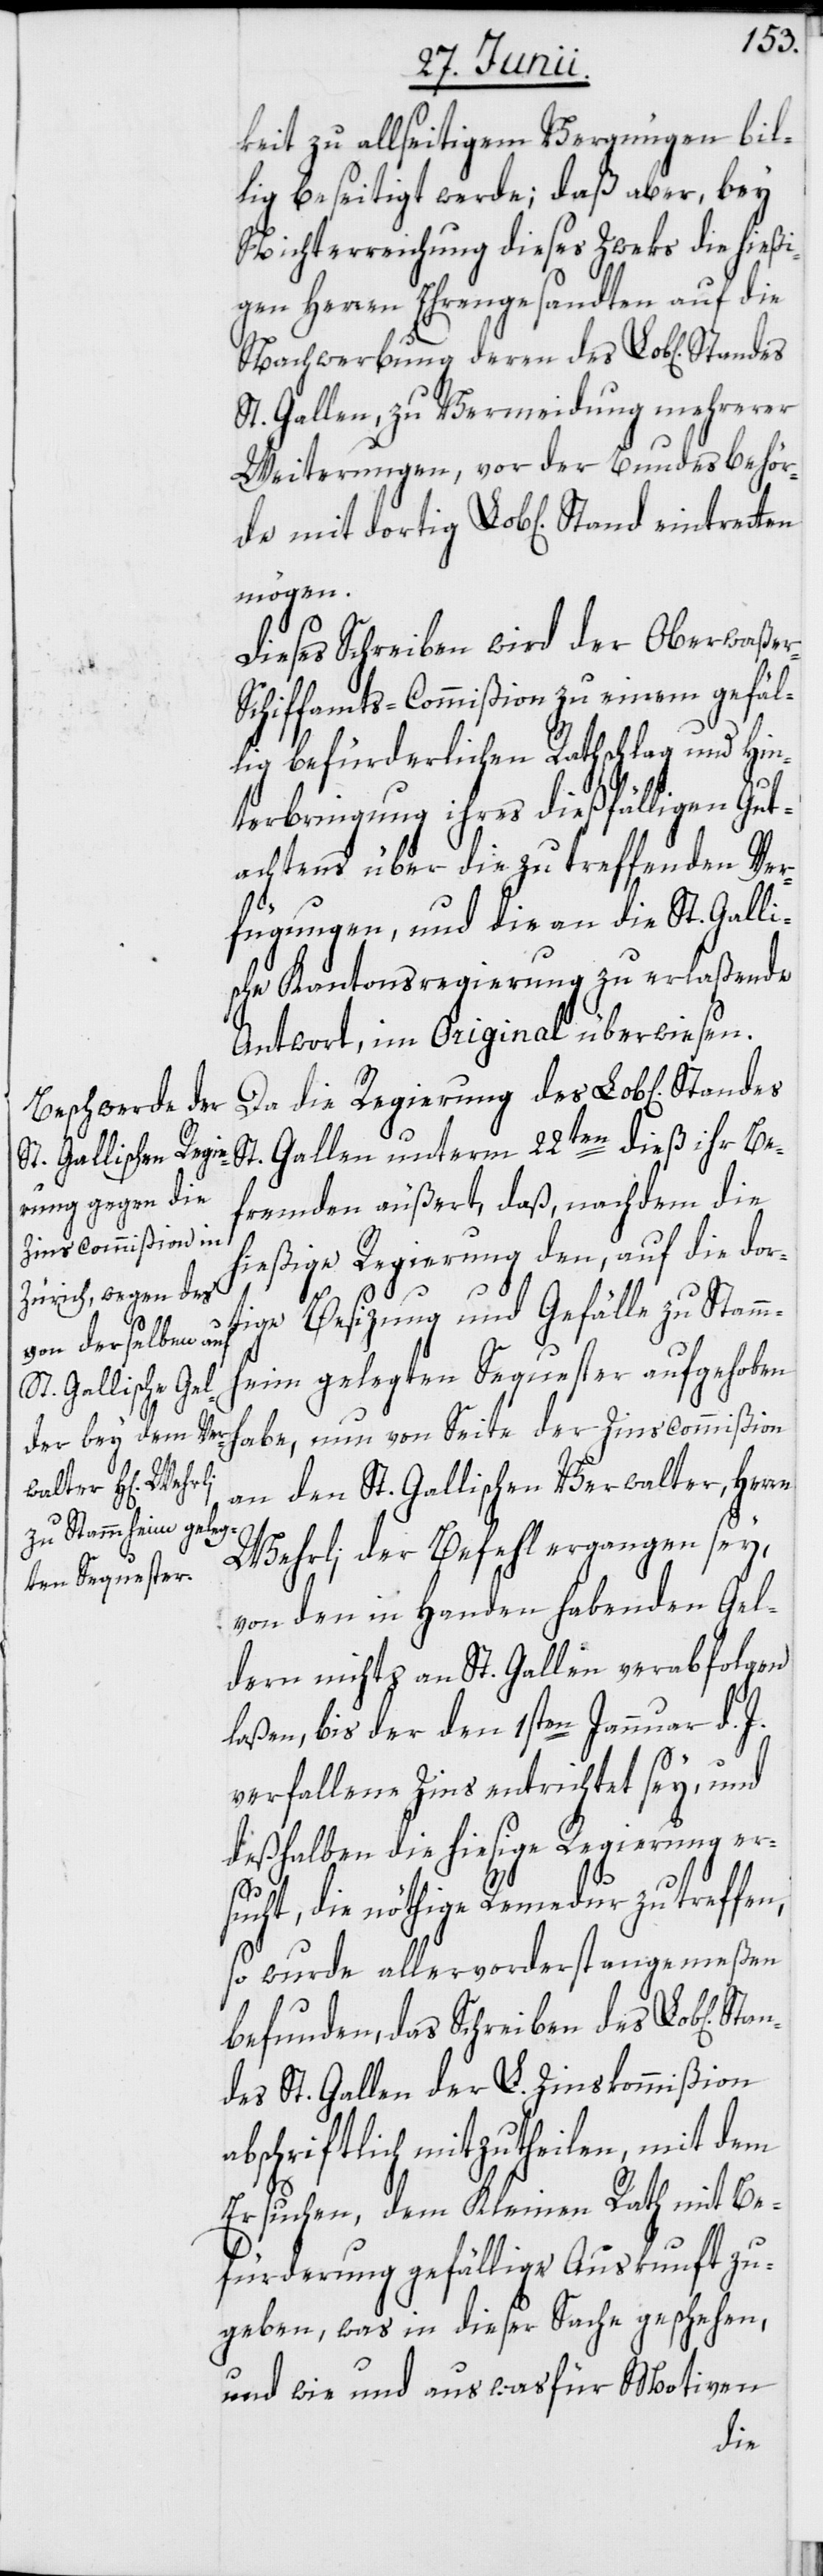
keit zu allseitigem Vergnügen bil¬
lig beseitigt werde; daß aber, bey
Nichterreichung dieses Zweks die hießi¬
gen Herren Ehrengesandten auf die
Nachwerbung deren des Lob[lichen]
St. Gallen, zu Vermeidung mehrerer
Weiterungen, vor der Bundesbehör¬
Dieses Schreiben wird der Oberwaße¬
chiffamts-Commißion zu einem gefäl¬
lig befürderlichen Rathschlag und Hin¬
terbringung ihres dießfälligen Gut¬
achtens über die zu treffenden Ver¬
n]
fügungen, und die an die St. Galli¬
sche Kantonsregierung zu erlaßende
Antwort, im Original überwiesen.
Da die Regierung des Lob[lichen]
St. Gallen unterm 22ten dieß ihr Be¬
fremden äußert, daß, nachdem die
hießige Regierung den, auf die dort¬
ige Besizung und Gefälle zu Stamm¬
heim gelegten Sequester aufgehoben
habe, nun von Seite der Zinscommißion
Sta¬
an den St. Gallischen Verwalter, Herrn
Wehrli der Befehl ergangen sey,
von den in Handen habenden Gel¬
dern nichts an St. Gallen verabfolgen
laßen, bis der den 1sten Januar d. J.
verfallene Zins entrichtet sey, und
deßhalben die hiesige Regierung er¬
sucht, die nöthige Remedur zu treffen,
so wurde allervorderst angemeßen
befunden, das Schreiben des Lob[liche¬
ndes St. Gallen der L. Zinskommißion
abschriftlich mitzutheilen, mit dem
Ersuchen, dem Kleinen Rath mit Be¬
fürderung gefällige Auskunft zu
geben, was in dieser Sache geschehen,
und wie und aus was für Motiven